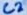
Text: C2